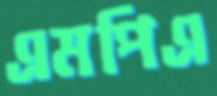
এমপিএ